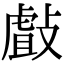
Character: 㪥